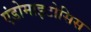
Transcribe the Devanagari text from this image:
एंडोमाइटोसिस